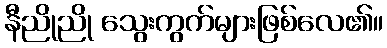
နီညိုညို သွေးကွက်များဖြစ်လေ၏။